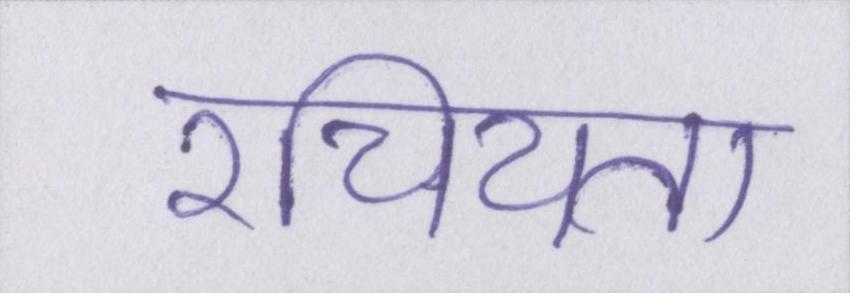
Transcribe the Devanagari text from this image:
रचियता